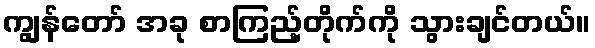
ကျွန်တော် အခု စာကြည့်တိုက်ကို သွားချင်တယ်။